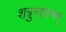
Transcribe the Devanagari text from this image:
शत्रुनाशनम्